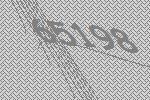
65198